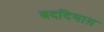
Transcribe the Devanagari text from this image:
बददिमाग़